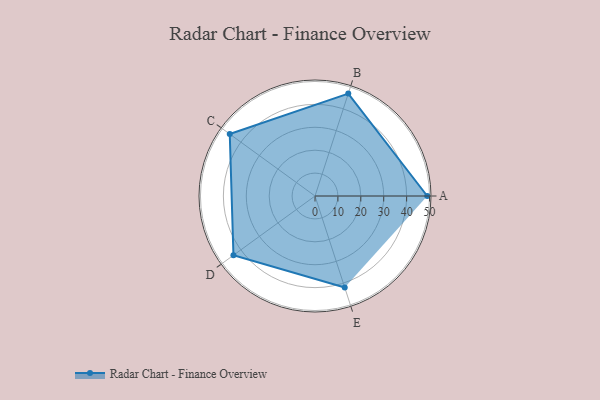
{"axis": {"x": "Skill", "y": "Score"}, "legend": ["Profile"], "data": [{"x": "A", "y": 49.0, "type": "Profile"}, {"x": "B", "y": 47.0, "type": "Profile"}, {"x": "C", "y": 46.0, "type": "Profile"}, {"x": "D", "y": 44.0, "type": "Profile"}, {"x": "E", "y": 42.0, "type": "Profile"}]}